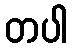
တပါ